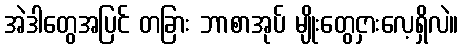
အဲဒါတွေအပြင် တခြား ဘာစာအုပ် မျိုးတွေငှားလေ့ရှိလဲ။